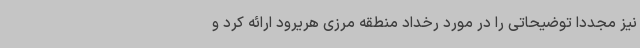
نیز مجددا توضیحاتی را در مورد رخداد منطقه مرزی هریرود ارائه کرد و